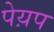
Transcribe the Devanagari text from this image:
पेय़प